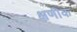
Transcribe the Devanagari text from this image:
क्षणीक